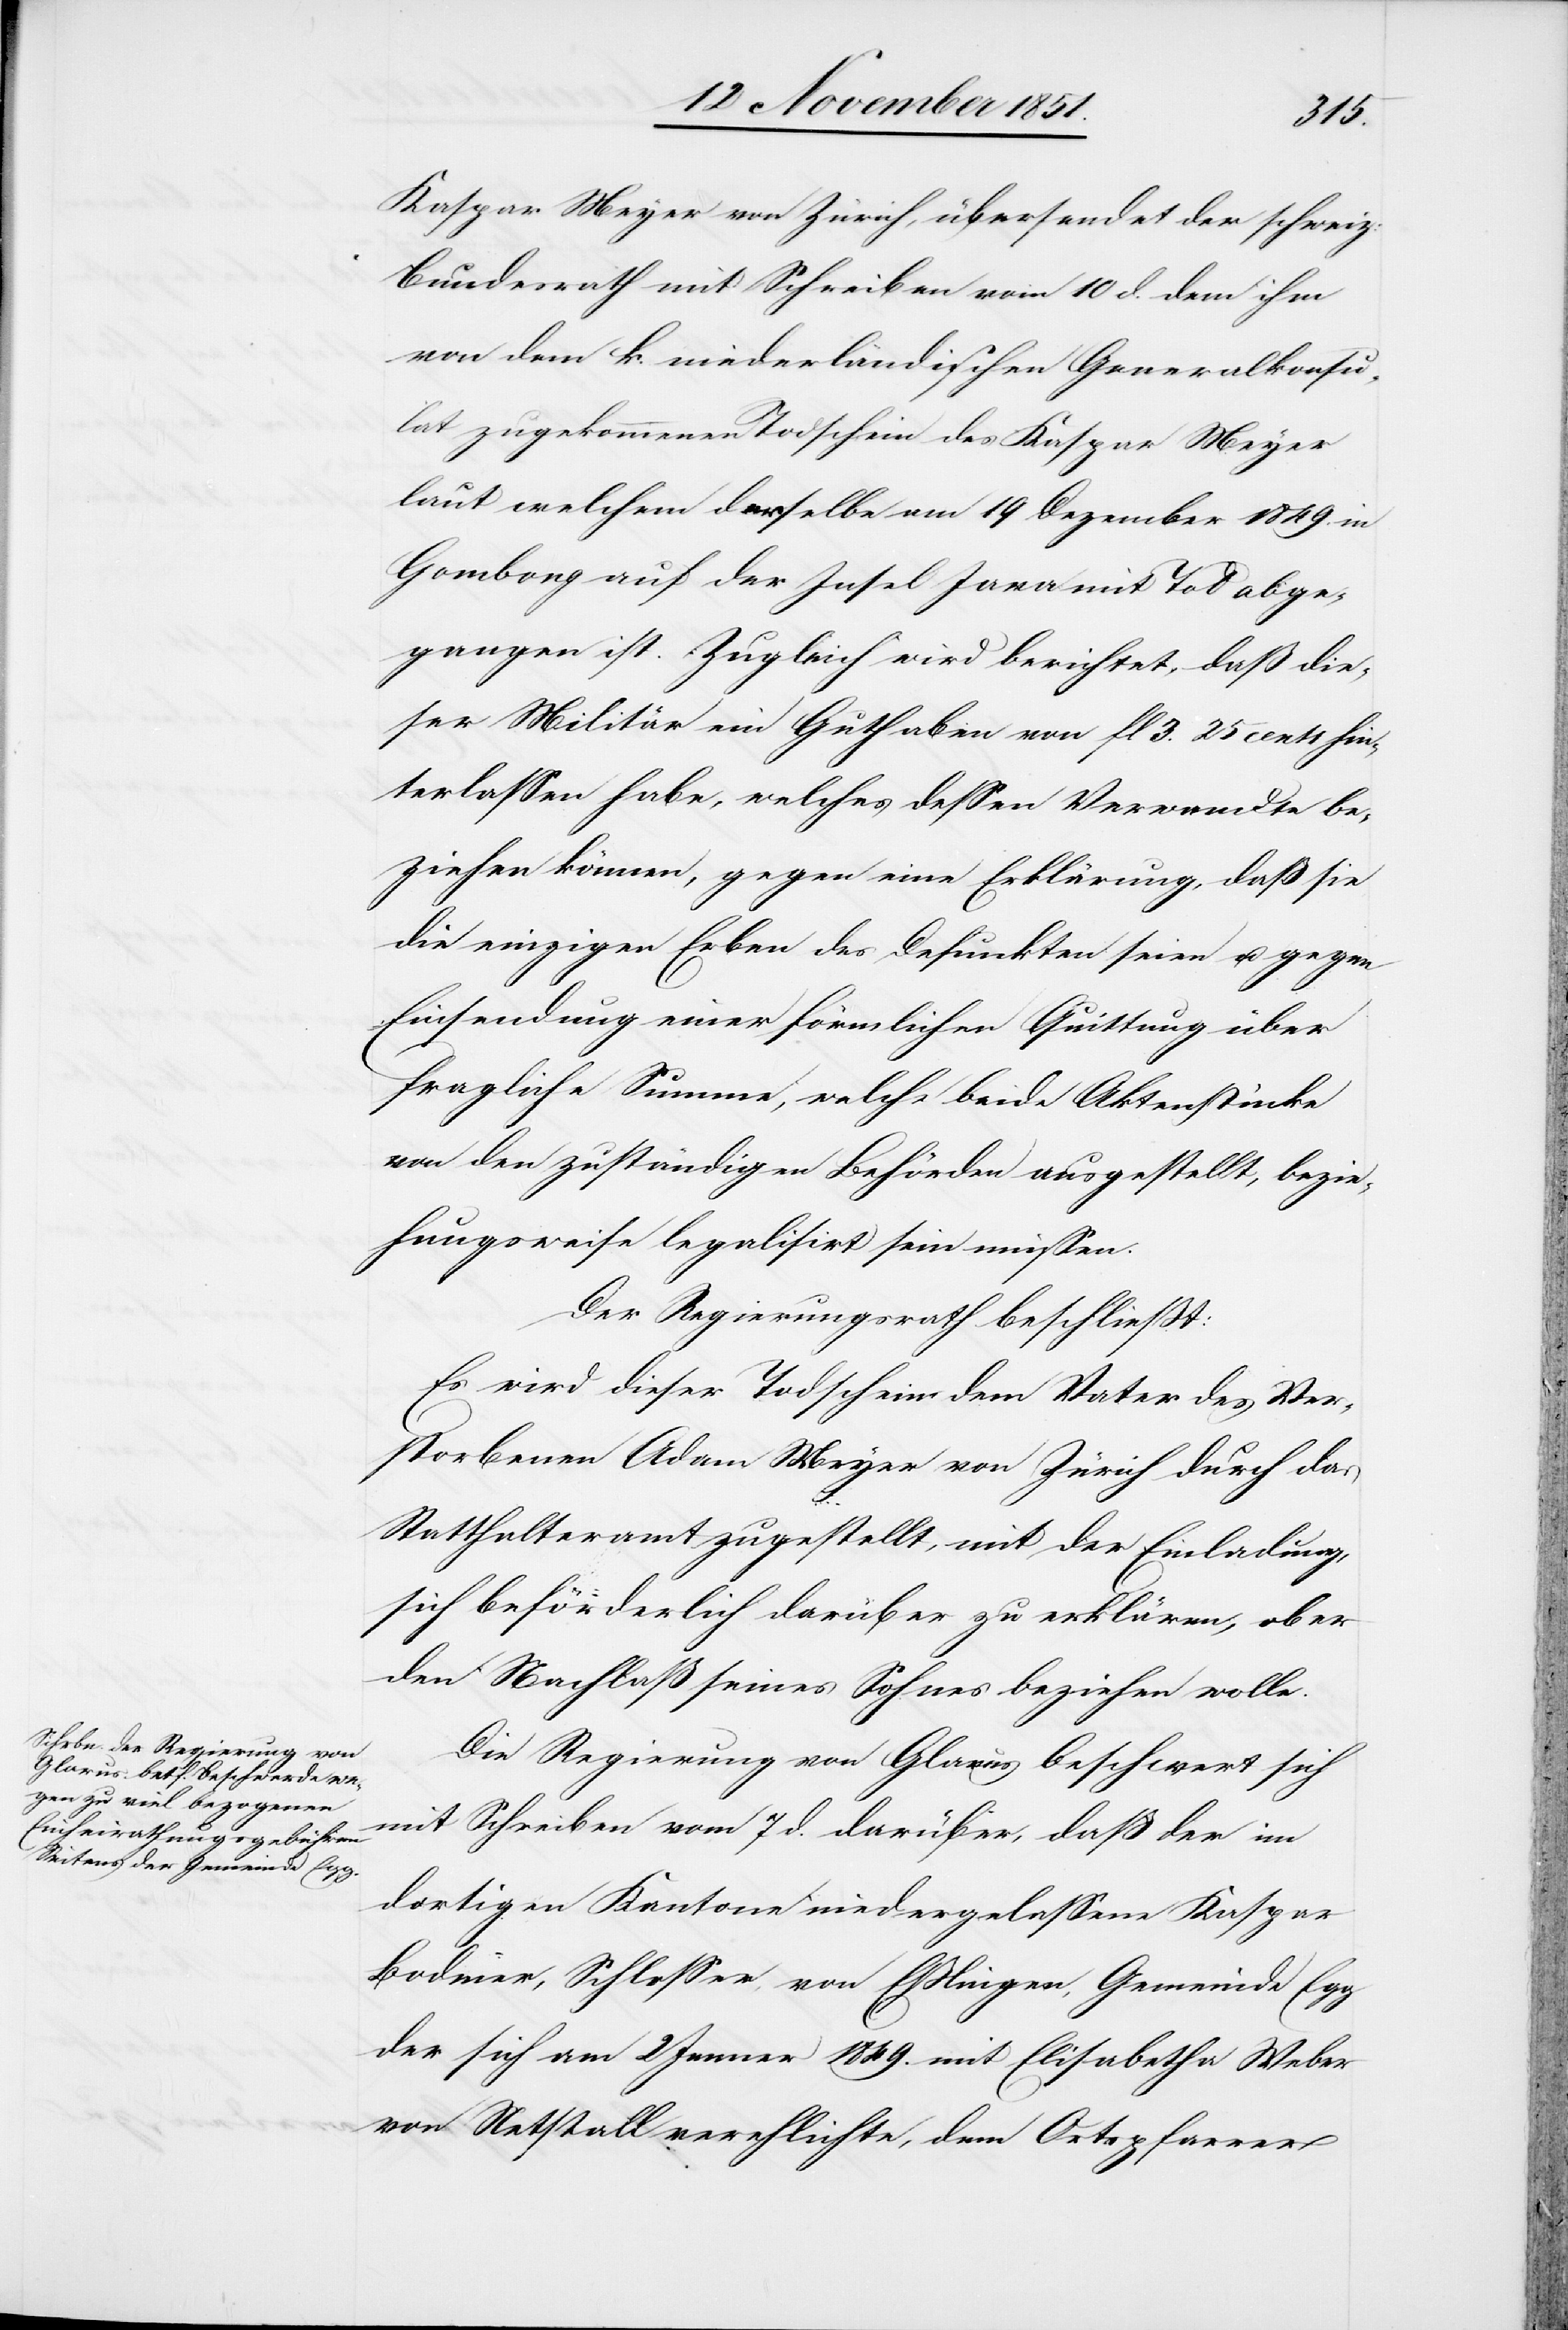
Kaspar Meyer von Zürich, übersendet der schweiz:
Bundesrath mit Schreiben vom 10 d. dem
von dem k. niederländischen Generalkonsu¬
lat zugekommenen Todschein des Kaspar Meyer
laut welchem derselbe am 19 Dezember 1849. in
Gombong auf der Insel Java mit Tod abge¬
gangen ist. Zugleich wird berichtet, daß die¬
ser Militär ein Guthaben von fl 3. 25 cents hin¬
terlassen habe, welches dessen Verwandte be¬
ziehen können, gegen eine Erklärung, daß sie
die einzigen Erben des Defunkten seien u. gegen
Einsendung einer förmlichen Quittung über
fragliche Summe, welche beide Aktenstücke
von den zuständigen Behörden ausgestellt, bezie¬
hungsweise legalisirt sein müssen.
Der Regierungsrath beschließt:
Es wird dieser Todschein dem Vater des Ver¬
storbenen Adam Meyer von Zürich durch das
Statthalteramt zugestellt, mit der Einladung,
sich beförderlich darüber zu erklären, ob er
den Nachlaß seines Sohnes beziehen wolle.
Die Regierung von Glarus beschwert sich
mit Schreiben vom 7 d. darüber, daß der im
dortigen Kantone niedergelassene Kaspar
Bodmer, Schlosser, von Eßlingen, Gemeinde Egg
der sich am 2 Jenner 1849. mit Elisabetha Weber
von Netstall verehlichte, dem Ortspfarrer